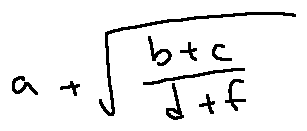
a + \sqrt { \frac { b + c } { d + f } }